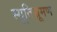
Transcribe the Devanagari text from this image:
स्यूतिभ्रूमण